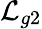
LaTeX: \mathcal{L}_{g2}